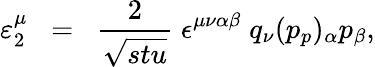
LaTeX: \varepsilon_{2}^{\mu}\; \; =\; \; \frac{2}{\sqrt{stu}}\; \epsilon^{\mu\nu\alpha\beta}\; q_{\nu}(p_{p})_{\alpha}p_{\beta},